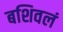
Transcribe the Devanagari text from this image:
बशिवलं